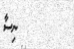
ނިސާ